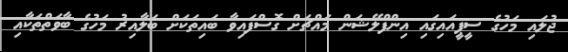
ޖުލައި މަހުގެ ސީޕީއައިގައި އިންފްލޭޝަން މައްޗަށް ގޮސްފައިވާ ބައިތަކަށް ބަލާއިރު މަހުގެ ބާވަތްތަކާއި